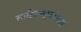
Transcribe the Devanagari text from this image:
साहित्यकृतीसाठी